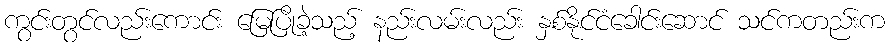
ကွင်းတွင်လည်းကောင်း မြေပြိုခဲ့သည့် နည်းလမ်းလည်း နှစ်နိုင်ငံခေါင်းဆောင် သင်ကတည်းက